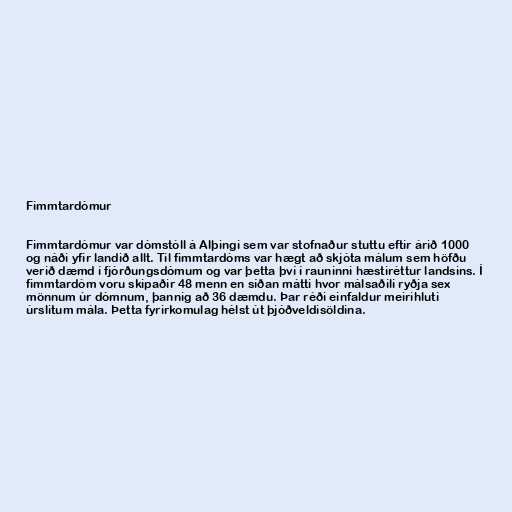
Fimmtardómur

Fimmtardómur var dómstóll á Alþingi sem var stofnaður stuttu eftir árið 1000
og náði yfir landið allt. Til fimmtardóms var hægt að skjóta málum sem höfðu
verið dæmd í fjórðungsdómum og var þetta því í rauninni hæstiréttur landsins. Í
fimmtardóm voru skipaðir 48 menn en síðan mátti hvor málsaðili ryðja sex
mönnum úr dómnum, þannig að 36 dæmdu. Þar réði einfaldur meirihluti
úrslitum mála. Þetta fyrirkomulag hélst út þjóðveldisöldina.